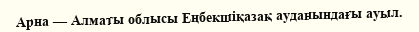
Арна — Алматы облысы Еңбекшіқазақ ауданындағы ауыл.